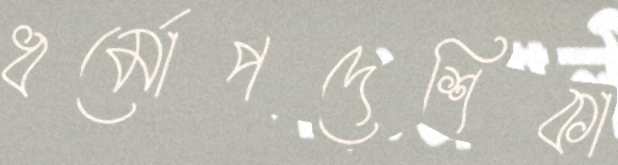
ধর্মোপদেশিকা